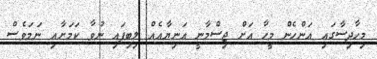
މިހާދިސާގައި އަންހެން މީހާ އަށް ޖިސްމާނީ އަނިޔާއެއް ލިބިފައި ނުވާ ކަމަށާއި ނަމަވެސް